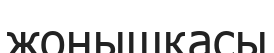
жоңышқасы